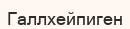
Галлхейпиген